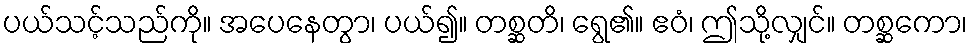
ပယ်သင့်သည်ကို။ အပေနေတွာ၊ ပယ်၍။ တစ္ဆတိ၊ ရွေ၏။ ဧဝံ၊ ဤသို့လျှင်။ တစ္ဆကော၊